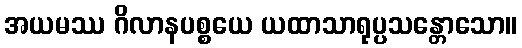
အယမဿ ဂိလာနပစ္စယေ ယထာသာရုပ္ပသန္တောသော။